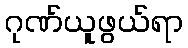
ဂုဏ်ယူဖွယ်ရာ